Annual report on the mental hospital in the Central Provinces and Berar (Nagpur) - 1927-1951
Year: 1927
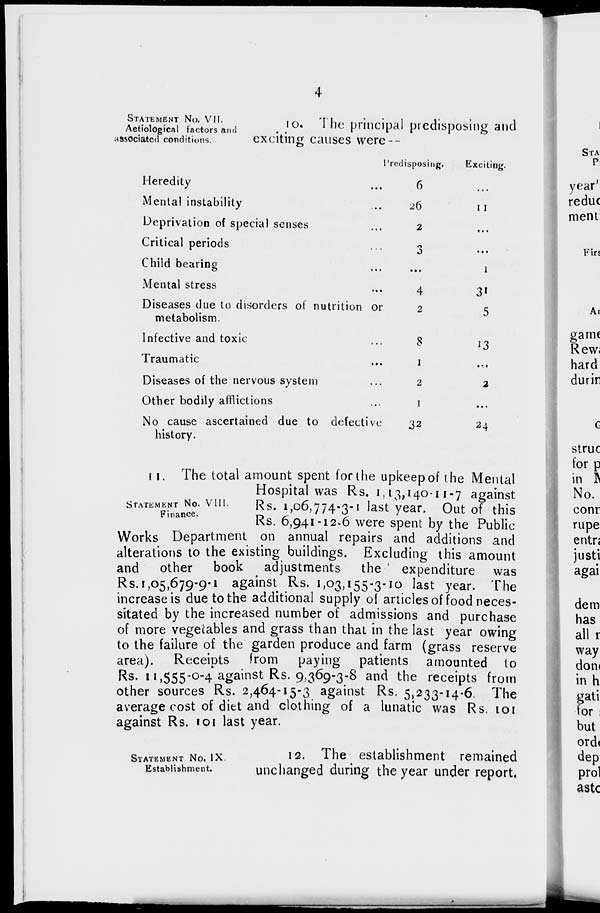
4
STATEMENT NO. VII.
Aetiological factors and
associated conditions.
10. The principal predisposing and
exciting causes were-
Heredity ...
Mental instability ...
Deprivation of special senses ...
Critical periods ...
Child bearing ...
Mental stress ...
Diseases due to disorders of nutrition or
metabolism. ...
Infective and toxic ...
Traumatic ...
Diseases of the nervous system ...
Other bodily afflictions ...
No cause ascertained due to defective
history. ...
Predisposing.
6
26
2
3
...
4
2
8
1
2
1
32
Exciting.
...
11
...
...
1
31
5
13
...
2
...
24
STATEMENT NO. VIII.
Finance.
11. The total amount spent for the upkeep of the Mental
Hospital was Rs. 1,13,140-11-7 against
Rs. 1,06,774-3-1 last year. Out of this
Rs. 6,941-12-6 were spent by the Public
Works Department on annual repairs and additions and
alterations to the existing buildings. Excluding this amount
and other book adjustments
the expenditure was
Rs. 1,05,679-9-1 against Rs. 1,03,155-3-10 last year. The
increase is due to the additional supply of articles of food neces-
sitated by the increased number of admissions and purchase
of more vegetables and grass than that in the last year owing
to the failure of the garden produce and farm (grass reserve
area). Receipts from paying patients amounted to
Rs. 11,555-0-4 against Rs. 9,369-3-8 and the receipts from
other sources Rs. 2,464-15-3 against Rs. 5,233-14-6. The
average cost of diet and clothing of a lunatic was Rs. 101
against Rs. 101 last year.
STATEMENT No . IX.
Establishment.
12. The establishment remained
unchanged during the year under report.